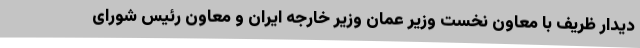
دیدار ظریف با معاون نخست وزیر عمان وزیر خارجه ایران و معاون رئیس شورای